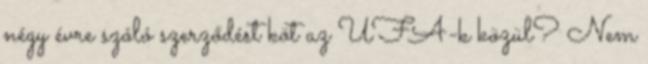
négy évre szóló szerződést köt az UFA-k közül? Nem